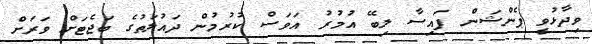
ވިދާޅުވީ ޕެންޝަން ފައިސާ ލިބޭ އުމުރު އަވަސް ކުރުމުން ދައުލަތުގެ ބަޖެޓަށް ވަރަށް